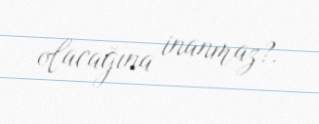
olacağına inanmaz?.